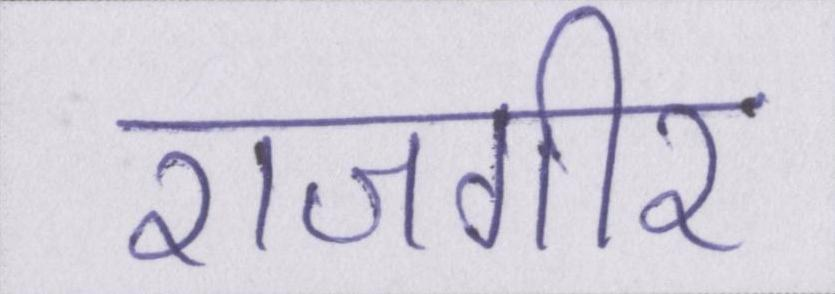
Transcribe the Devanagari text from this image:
राजगीर